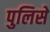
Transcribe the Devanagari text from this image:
पुलिसे